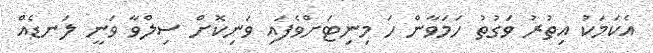
އެކަމަކު އިތުރު ވަގުތު ހަމަވާން ހަ މިނިޓަށްވެފައި ވަނިކޮށް ސިލްވާ ވަނީ ލަނޑެއް